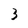
Character: 3